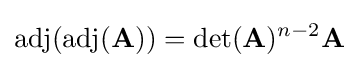
\operatorname {adj} (\operatorname {adj} (\mathbf {A} ))=\det(\mathbf {A} )^{n-2}\mathbf {A}